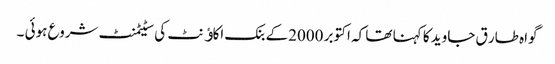
گواہ طار ق جاوید کا کہنا تھا کہ اکتوبر 2000کے بنک اکاﺅنٹ کی سٹیٹمنٹ شروع ہوئی ۔